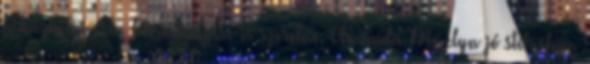
hibáztatni érte, bármennyire is szeretne. Amanda Maxlyn jó stílusban